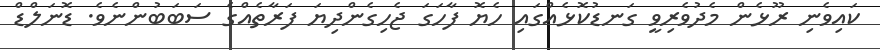
ކައިވެނި ރޫޅެން މެދުވެރިވީ ގަނޑުކޮޅެއްގައި ހެޔޮ ފާހަގަ ޖެހިގެންދިޔަ ފަރާތެއްގެ ސަބަބުންނެވެ. ޑޮނަލްޑް